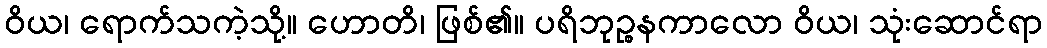
ဝိယ၊ ရောက်သကဲ့သို့။ ဟောတိ၊ ဖြစ်၏။ ပရိဘုဉ္စနကာလော ဝိယ၊ သုံးဆောင်ရာ